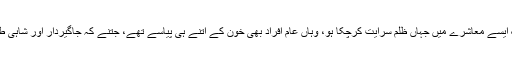
ایک ایسے معاشرے میں جہاں ظلم سرایت کرچکا ہو، وہاں عام افراد بھی خون کے اتنے ہی پیاسے تھے، جتنے کہ جاگیردار اور شاہی طبقہ۔